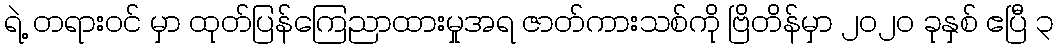
ရဲ့ တရားဝင် မှာ ထုတ်ပြန်ကြေညာထားမှုအရ ဇာတ်ကားသစ်ကို ဗြိတိန်မှာ ၂၀၂၀ ခုနှစ် ဧပြီ ၃